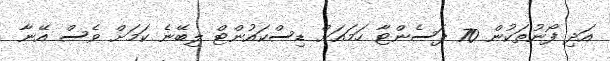
އަދި ފޯނުތަކުން 70 ޕަސެންޓާ ހަމައަށް ޑިސްކައުންޓް ލިބޭނެ ކަމަށް ވެސް އޭނާ